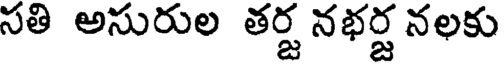
సతి అసురుల తర్జ నభర్జ నలకు